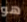
هو